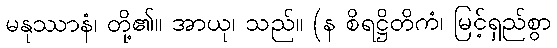
မနုဿာနံ၊ တို့၏။ အာယု၊ သည်။ (န စိရဋ္ဌိတိကံ၊ မြင့်ရှည်စွာ